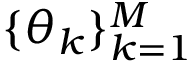
\{ \theta _ { k } \} _ { k = 1 } ^ { M }